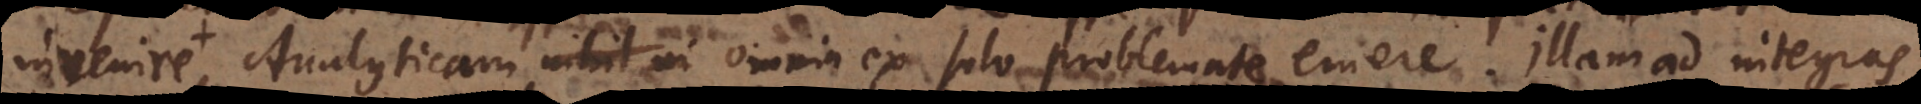
ca, Analyticam omnia ex solo problemate emere. Illam ad integras